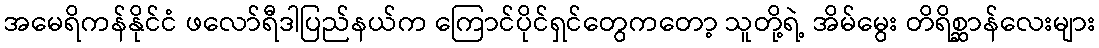
အမေရိကန်နိုင်ငံ ဖလော်ရီဒါပြည်နယ်က ကြောင်ပိုင်ရှင်တွေကတော့ သူတို့ရဲ့ အိမ်မွေး တိရိစ္ဆာန်လေးများ